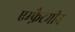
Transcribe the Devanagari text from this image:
एम्फ़ैटमीन